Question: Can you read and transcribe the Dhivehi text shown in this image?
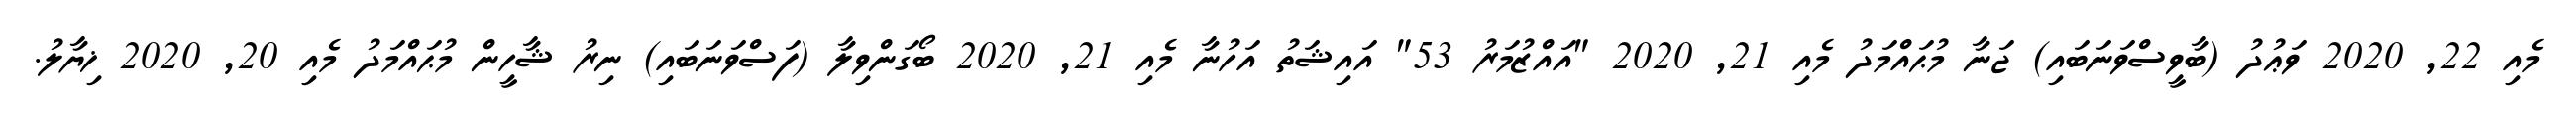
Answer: މެއި 22, 2020 ވަޢުދު (ބާވީސްވަނަބައި) ޖަނާ މުޙައްމަދު މެއި 21, 2020 "އައްޒުމަރު 53" އައިޝަތު އަހުނާ މެއި 21, 2020 ބޯގަންވިލާ (ފަސްވަނަބައި) ނިރު ޝާހީން މުޙައްމަދު މެއި 20, 2020 ޚިޔާލު.